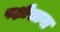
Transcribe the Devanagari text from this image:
पक्षीखाना